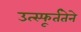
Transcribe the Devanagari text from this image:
उत्स्फूर्ततेने